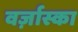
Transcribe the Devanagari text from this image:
वर्ज़ास्का